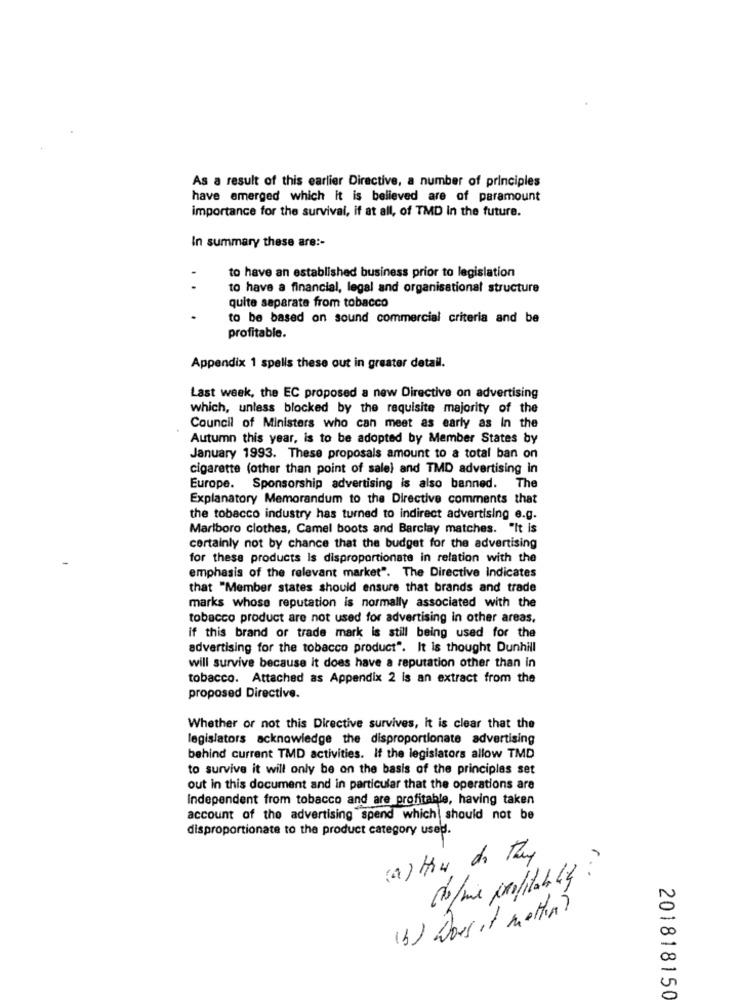
As a result of this earlier Directive, a number of principles
have emerged which it is believed are of paramount
importance for the survival, if at all, of TMD In the future.
In summary these are :-
to have an established business prior to legislation
to have a financial, legal and organisational structure
quite separate from tobacco
to be based on sound commercial criteria and be
profitable.
Appendix 1 spells these out in greater detail.
Last week, the EC proposed a new Directive on advertising
which, unless blocked by the requisite majority of the
Council of Ministers who can meet as early as In the
Autumn this year, is to be adopted by Member States by
January 1993. These proposals amount to a total ban on
cigarette (other than point of sale) and TMD advertising in
Europe. Sponsorship advertising is also banned. The
Explanatory Memorandum to the Directive comments that
the tobacco industry has turned to indirect advertising e.g.
Marlboro clothes, Camel boots and Barclay matches. "It is
certainly not by chance that the budget for the advertising
for these products Is disproportionate in relation with the
emphasis of the relevant market". The Directive Indicates
that "Member states should ensure that brands and trade
marks whose reputation is normally associated with the
tobacco product are not used for advertising in other areas.
if this brand or trade mark is still being used for the
advertising for the tobacco product". It is thought Dunhill
will survive because it does have a reputation other than in
tobacco. Attached as Appendix 2 is an extract from the
proposed Directive.
Whether or not this Directive survives, it is clear that the
legislators acknowledge the disproportionate advertising
behind current TMD activities. If the legislators allow TMD
to survive it will only be on the basis of the principles set
out in this document and in particular that the operations are
Independent from tobacco and are profitable, having taken
account of the advertising spend which should not be
disproportionate to the product category used.
(1) How do they
co/mie profitably :"
(3) Does it matter?
201818150